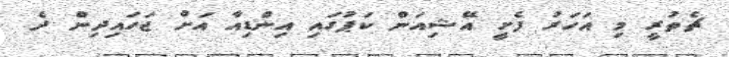
ޗެތުރީ މި އަހަރު ފެށީ އޭޝިއަން ކަޕުގައި އިންޑިއާ އަށް ޖަހައިދިން ދެ